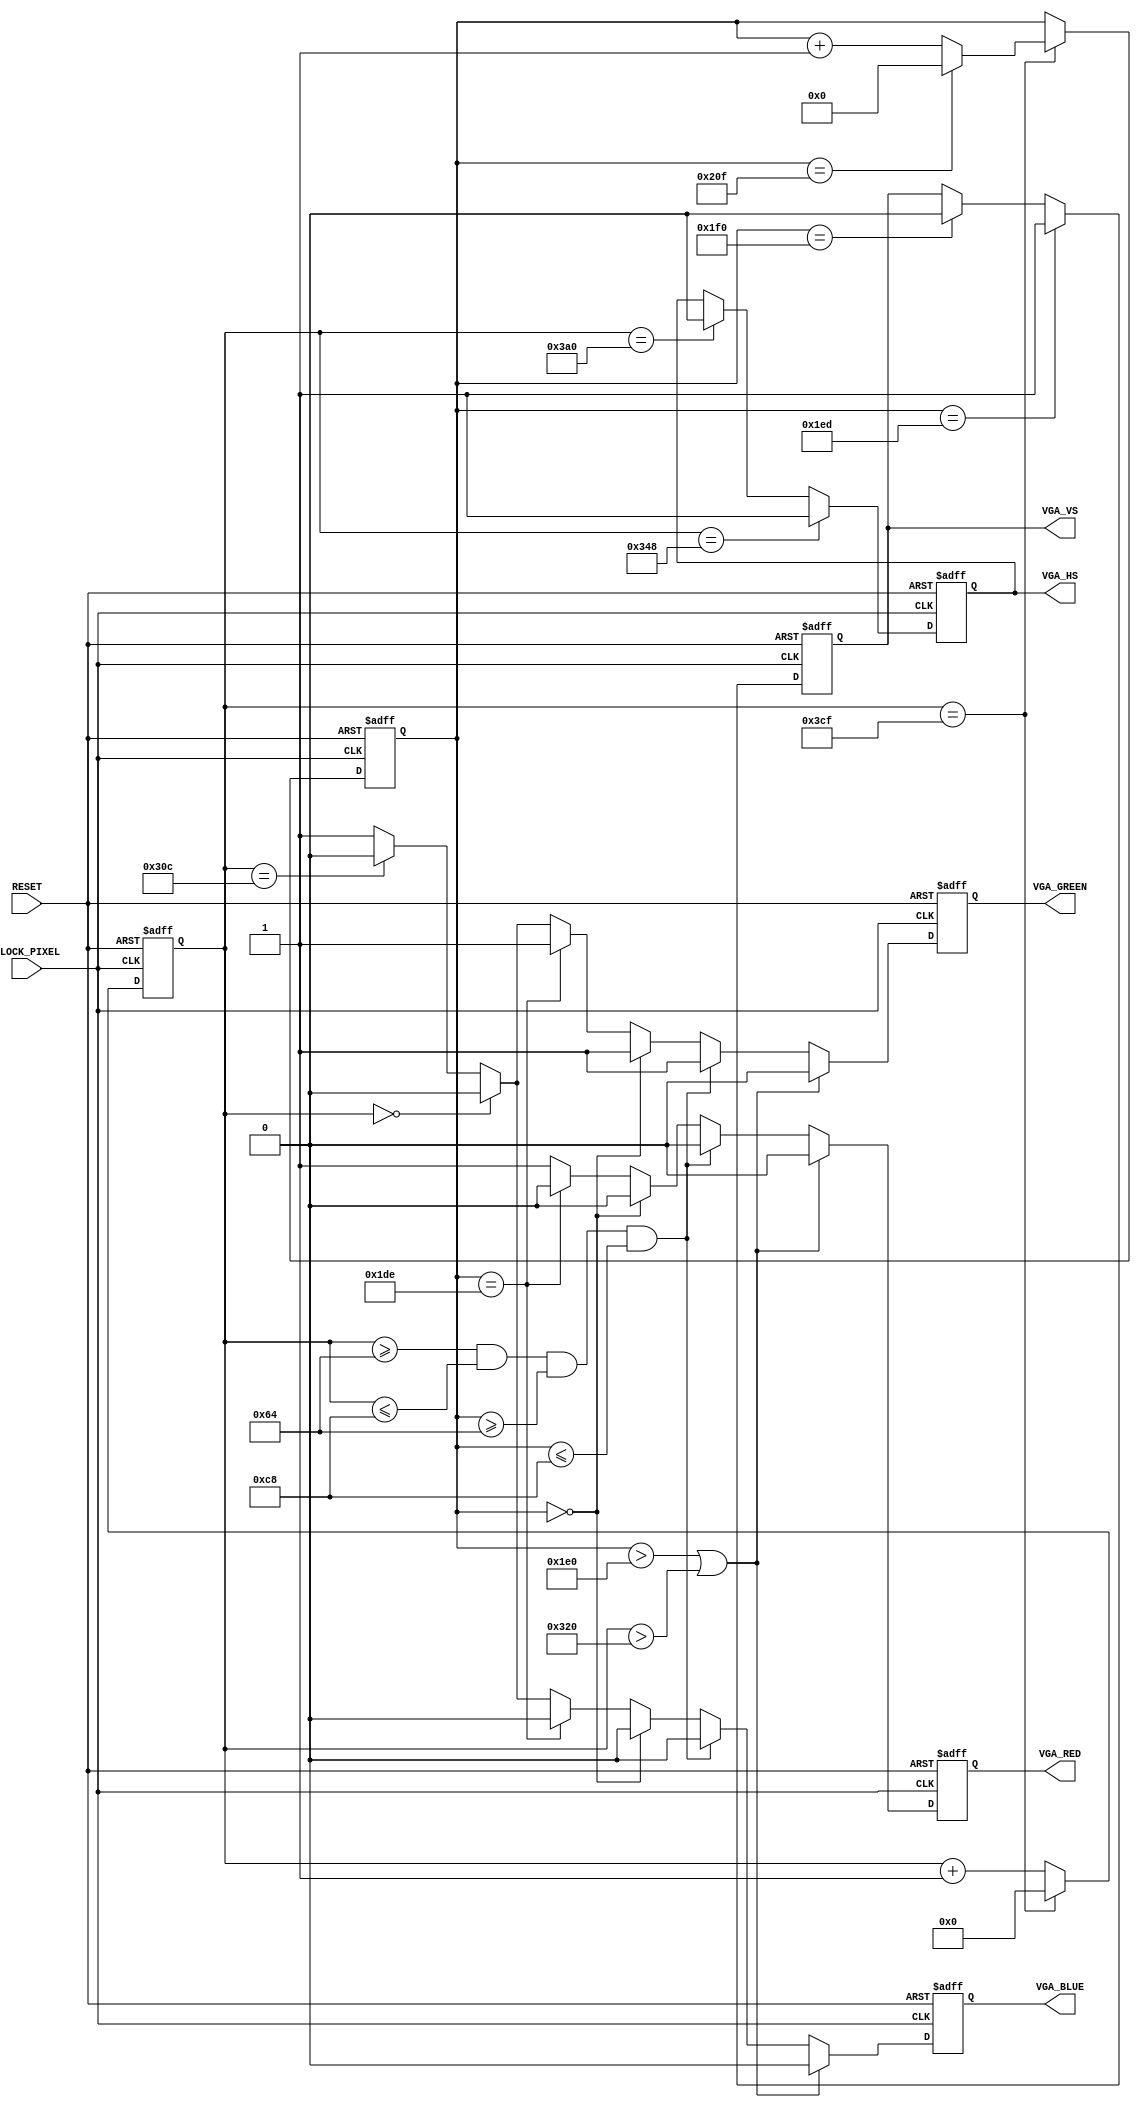
module vga_demo_1
    (
        CLOCK_PIXEL,
        RESET,
        VGA_RED,
        VGA_GREEN,
        VGA_BLUE,
        VGA_HS,
        VGA_VS
    );
    input CLOCK_PIXEL;
    input RESET;
    output VGA_RED;
    output VGA_GREEN;
    output VGA_BLUE;
    output VGA_HS;
    output VGA_VS;
    reg [10:0] hor_reg; 
    reg hor_sync;
    wire hor_max = (hor_reg == 975); 
    reg [9:0] ver_reg; 
    reg ver_sync;
    reg red, green, blue;
    wire ver_max = (ver_reg == 527); 
    always @ (posedge CLOCK_PIXEL or posedge RESET) begin
        if (RESET) begin 
            hor_reg <= 0;
            ver_reg <= 0;
        end
        else if (hor_max) begin
            hor_reg <= 0;
            if (ver_max)
                ver_reg <= 0;
            else
            ver_reg <= ver_reg + 1;
        end else
            hor_reg <= hor_reg + 1;
    end
    always @ (posedge CLOCK_PIXEL or posedge RESET) begin
        if (RESET) begin 
            hor_sync <= 0;
            ver_sync <= 0;
            red <= 0;
            green <= 0;
            blue <= 0;
        end
        else begin
            if (hor_reg == 840)      
                hor_sync <= 1;       
            else if (hor_reg == 928) 
                hor_sync <= 0;       
            if (ver_reg == 493)      
                ver_sync <= 1;       
            else if (ver_reg == 496) 
                ver_sync <= 0;       
            if (ver_reg > 480 || hor_reg > 800) begin
                red <= 0;
                green <= 0;
                blue <= 0;
            end
            else begin
                if (hor_reg >= 100 && hor_reg <= 200 && ver_reg >= 100 && ver_reg <= 200) begin
                    red <= 0;
                    green <= 1;
                    blue <= 0;
                end 
                else if (ver_reg == 0 ) begin
                    red <= 0;
                    green <= 1;
                    blue <= 0;
                end
                else if (ver_reg == 478 ) begin 
                    red <= 0;
                    green <= 1;
                    blue <= 0;
                end
                else if (hor_reg == 0 ) begin
                    red <= 1;
                    green <= 0;
                    blue <= 0;
                end
                else if (hor_reg == 780 ) begin 
                    red <= 1;
                    green <= 0;
                    blue <= 0;
                end
                else begin
                    red <= 1;
                    green <= 1;
                    blue <= 1;
                end
            end
        end
    end
    assign VGA_HS = hor_sync;
    assign VGA_VS = ver_sync;
    assign VGA_RED =  red;
    assign VGA_GREEN = green;
    assign VGA_BLUE = blue;
endmodule